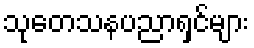
သုတေသနပညာရှင်များ